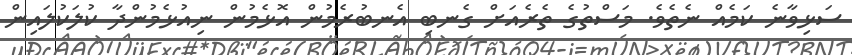
ސަޅިވާނެ ކަމެއް ނެތެވެ. މަސްތުގެ ތެރެއަށް ގެނބި އެނބުރެމުން އޮޅެމުން ނިއުޅެމުންދާ ކުލަކުލައިން